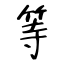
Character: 等